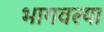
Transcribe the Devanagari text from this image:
भागवल्या